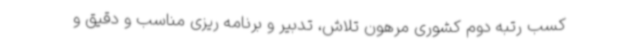
کسب رتبه دوم کشوری مرهون تلاش، تدبیر و برنامه ریزی مناسب و دقیق و